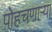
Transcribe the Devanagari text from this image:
पोहचणाऱ्या